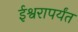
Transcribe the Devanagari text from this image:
ईश्वरापर्यंत